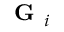
\textbf { G } _ { i }